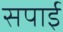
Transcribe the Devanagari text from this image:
सपाई